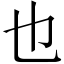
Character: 也